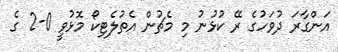
އަންގާރަ ދުވަހުގެ ރޭ ކުޅުނު މި މެޗުން އެތުލެޓިކޯ މޮޅުވީ 0-2 ގެ